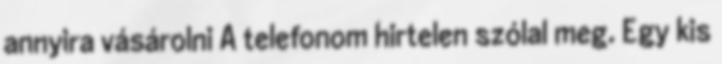
annyira vásárolni A telefonom hirtelen szólal meg. Egy kis